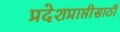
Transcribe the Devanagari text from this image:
प्रदेशप्राप्तीसाठी